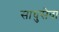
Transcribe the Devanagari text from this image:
साधुसेवा